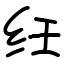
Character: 纴